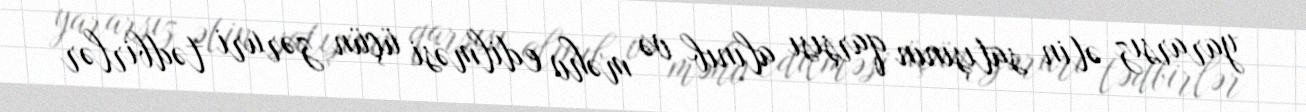
yararsız ətin satışının qarşısı alınıb və məhv edilməsi üçün zəruri tədbirlər